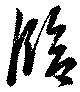
臨